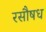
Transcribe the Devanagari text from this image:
रसौषध